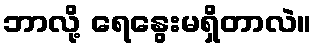
ဘာလို့ ရေနွေးမရှိတာလဲ။